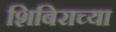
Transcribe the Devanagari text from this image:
शिबिराच्या